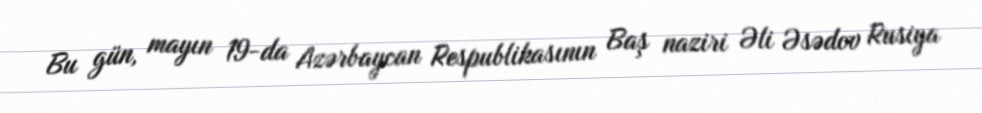
Bu gün, mayın 19-da Azərbaycan Respublikasının Baş naziri Əli Əsədov Rusiya